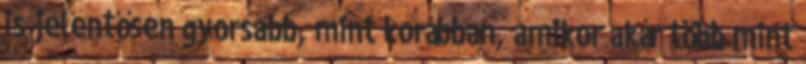
is jelentősen gyorsabb, mint korábban, amikor akár több mint